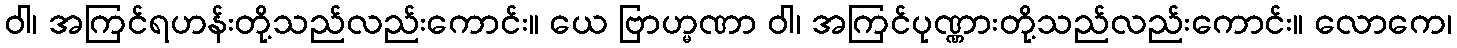
ဝါ၊ အကြင်ရဟန်းတို့သည်လည်းကောင်း။ ယေ ဗြာဟ္မဏာ ဝါ၊ အကြင်ပုဏ္ဏားတို့သည်လည်းကောင်း။ လောကေ၊